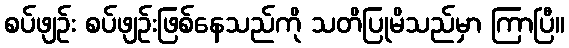
စပ်ဖျဉ်း စပ်ဖျဉ်းဖြစ်နေသည်ကို သတိပြုမိသည်မှာ ကြာပြီ။